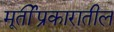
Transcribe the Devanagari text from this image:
मूर्तीप्रकारातील